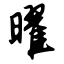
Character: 曜